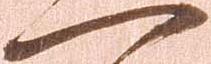
一